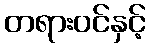
တရားဝင်နှင့်